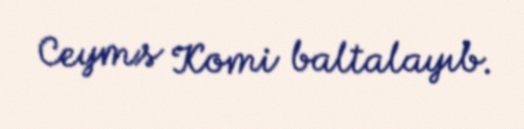
Ceyms Komi baltalayıb.